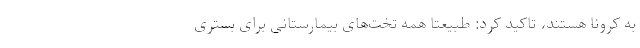
به کرونا هستند، تاکید کرد: طبیعتا همه‌ تخت‌های بیمارستانی برای بستری